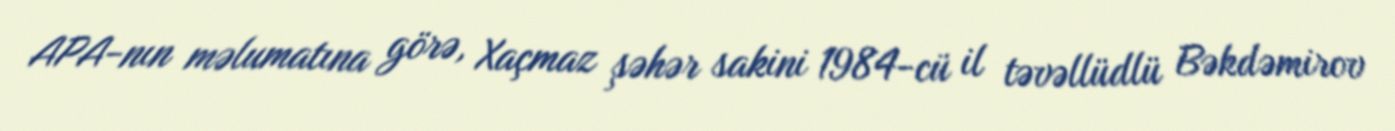
APA-nın məlumatına görə, Xaçmaz şəhər sakini 1984-cü il təvəllüdlü Bəkdəmirov